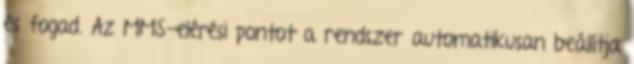
és fogad. Az MMS-elérési pontot a rendszer automatikusan beállítja